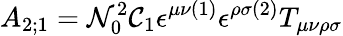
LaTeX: A_{2;1}={\cal N}_{0}^{2}{\cal C}_{1}\epsilon^{\mu\nu(1)}\epsilon^{\rho\sigma(2)}T_{\mu\nu\rho\sigma}